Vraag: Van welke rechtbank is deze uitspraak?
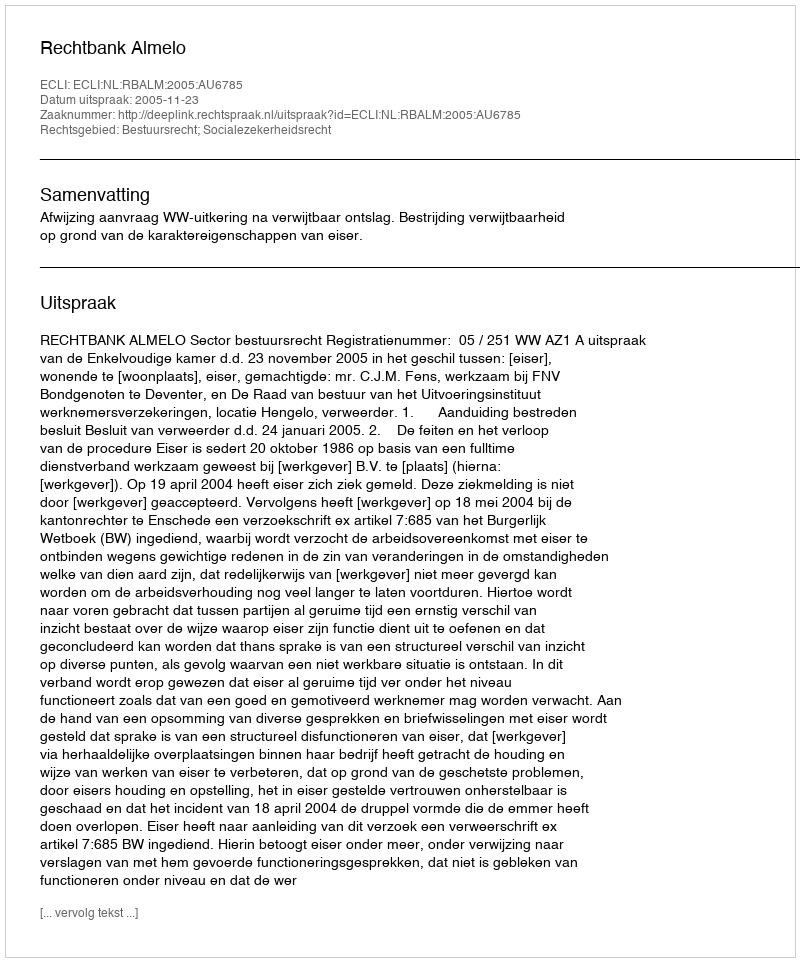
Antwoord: Rechtbank Almelo